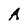
Character: A